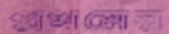
প্রথমের